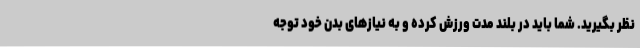
نظر بگیرید. شما باید در بلند مدت ورزش کرده و به نیازهای بدن خود توجه